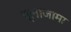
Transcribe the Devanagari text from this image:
प्लाजामा